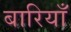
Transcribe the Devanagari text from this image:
बारियाँ